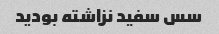
سس سفید نزاشته بودید